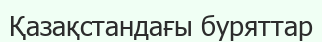
Қазақстандағы буряттар